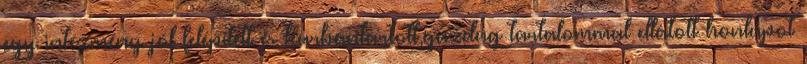
egy intézmény jól felépített és karbantartott,gazdag tartalommal ellátott honlapot